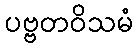
ပဗ္ဗတဝိသမံ